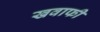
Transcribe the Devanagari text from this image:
खवाफी